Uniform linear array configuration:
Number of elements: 8
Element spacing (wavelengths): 0.25
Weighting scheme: hamming
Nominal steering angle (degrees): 45
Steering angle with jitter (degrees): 45.194
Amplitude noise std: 0.05
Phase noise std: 0.05

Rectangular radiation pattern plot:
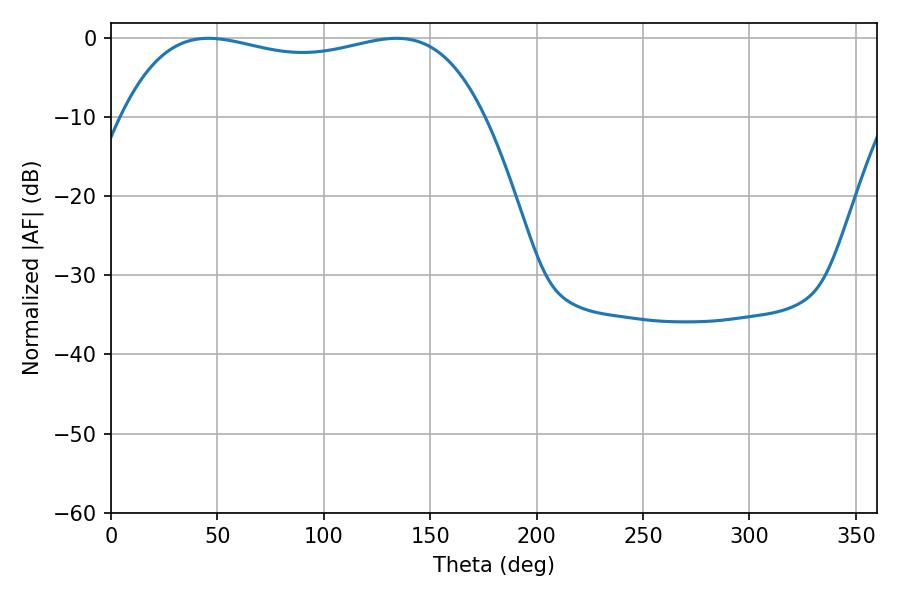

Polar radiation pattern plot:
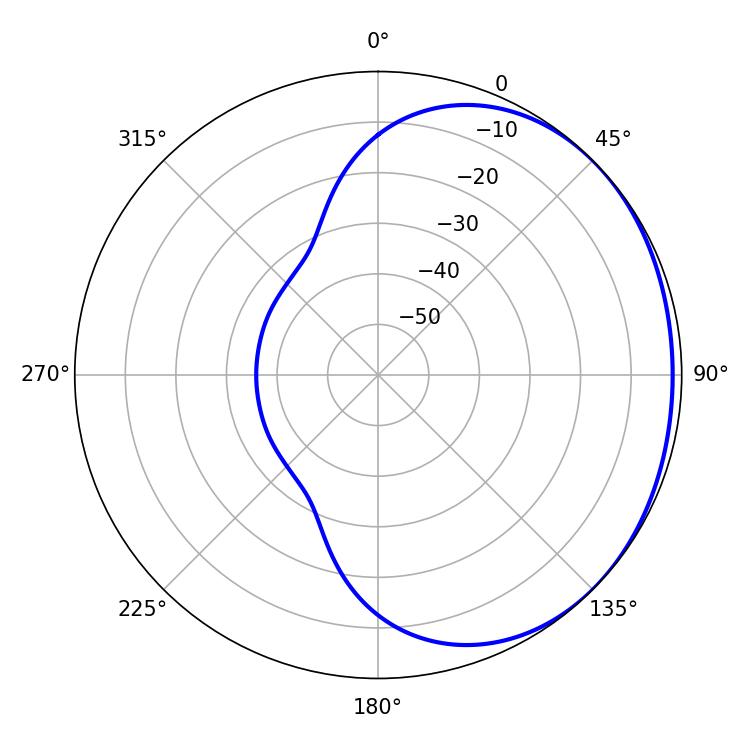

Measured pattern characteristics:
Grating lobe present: FALSE
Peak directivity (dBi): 1.072
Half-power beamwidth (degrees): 138.24
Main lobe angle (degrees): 45.72